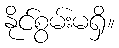
နိုင်စွမ်းမရှိ။